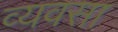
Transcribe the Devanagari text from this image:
व्यवसा